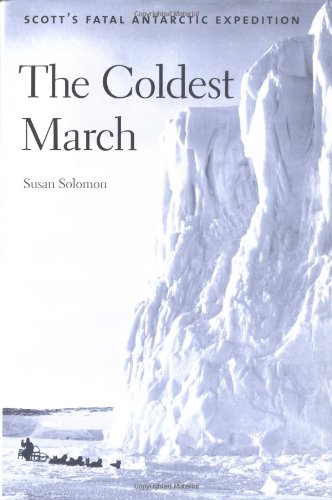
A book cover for The Coldest March: Scott`s Fatal Antarctic Expedition; Susan Solomon; Travel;